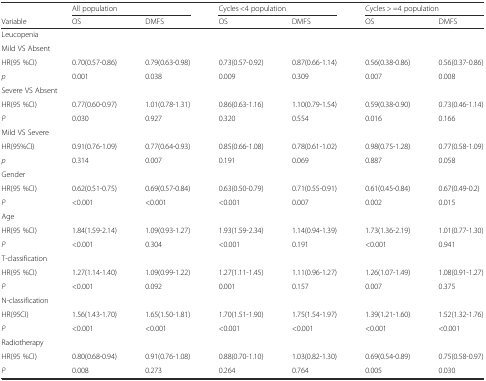
<table><thead><tr><td></td><td colspan="2"><b>All population</b></td><td colspan="2"><b>Cycles &lt;4 population</b></td><td colspan="2"><b>Cycles &gt; =4 population</b></td></tr><tr><td><b>Variable</b></td><td><b>OS</b></td><td><b>DMFS</b></td><td><b>OS</b></td><td><b>DMFS</b></td><td><b>OS</b></td><td><b>DMFS</b></td></tr></thead><tbody><tr><td>Leucopenia</td><td></td><td></td><td></td><td></td><td></td><td></td></tr><tr><td colspan="2">Mild VS Absent</td><td></td><td></td><td></td><td></td><td></td></tr><tr><td>HR(95 %CI)</td><td>0.70(0.57-0.86)</td><td>0.79(0.63-0.98)</td><td>0.73(0.57-0.92)</td><td>0.87(0.66-1.14)</td><td>0.56(0.38-0.86)</td><td>0.56(0.37-0.86)</td></tr><tr><td><i>p</i></td><td>0.001</td><td>0.038</td><td>0.009</td><td>0.309</td><td>0.007</td><td>0.008</td></tr><tr><td colspan="2">Severe VS Absent</td><td></td><td></td><td></td><td></td><td></td></tr><tr><td>HR(95 %CI)</td><td>0.77(0.60-0.97)</td><td>1.01(0.78-1.31)</td><td>0.86(0.63-1.16)</td><td>1.10(0.79-1.54)</td><td>0.59(0.38-0.90)</td><td>0.73(0.46-1.14)</td></tr><tr><td><i>P</i></td><td>0.030</td><td>0.927</td><td>0.320</td><td>0.554</td><td>0.016</td><td>0.166</td></tr><tr><td colspan="2">Mild VS Severe</td><td></td><td></td><td></td><td></td><td></td></tr><tr><td>HR(95%CI)</td><td>0.91(0.76-1.09)</td><td>0.77(0.64-0.93)</td><td>0.85(0.66-1.08)</td><td>0.78(0.61-1.02)</td><td>0.98(0.75-1.28)</td><td>0.77(0.58-1.09)</td></tr><tr><td><i>p</i></td><td>0.314</td><td>0.007</td><td>0.191</td><td>0.069</td><td>0.887</td><td>0.058</td></tr><tr><td>Gender</td><td></td><td></td><td></td><td></td><td></td><td></td></tr><tr><td>HR(95 %CI)</td><td>0.62(0.51-0.75)</td><td>0.69(0.57-0.84)</td><td>0.63(0.50-0.79)</td><td>0.71(0.55-0.91)</td><td>0.61(0.45-0.84)</td><td>0.67(0.49-0.2)</td></tr><tr><td><i>P</i></td><td>&lt;0.001</td><td>&lt;0.001</td><td>&lt;0.001</td><td>0.007</td><td>0.002</td><td>0.015</td></tr><tr><td>Age</td><td></td><td></td><td></td><td></td><td></td><td></td></tr><tr><td>HR(95 %CI)</td><td>1.84(1.59-2.14)</td><td>1.09(0.93-1.27)</td><td>1.93(1.59-2.34)</td><td>1.14(0.94-1.39)</td><td>1.73(1.36-2.19)</td><td>1.01(0.77-1.30)</td></tr><tr><td><i>P</i></td><td>&lt;0.001</td><td>0.304</td><td>&lt;0.001</td><td>0.191</td><td>&lt;0.001</td><td>0.941</td></tr><tr><td colspan="2">T-classification</td><td></td><td></td><td></td><td></td><td></td></tr><tr><td>HR(95 %CI)</td><td>1.27(1.14-1.40)</td><td>1.09(0.99-1.22)</td><td>1.27(1.11-1.45)</td><td>1.11(0.96-1.27)</td><td>1.26(1.07-1.49)</td><td>1.08(0.91-1.27)</td></tr><tr><td><i>P</i></td><td>&lt;0.001</td><td>0.092</td><td>0.001</td><td>0.157</td><td>0.007</td><td>0.375</td></tr><tr><td colspan="2">N-classification</td><td></td><td></td><td></td><td></td><td></td></tr><tr><td>HR(95CI)</td><td>1.56(1.43-1.70)</td><td>1.65(1.50-1.81)</td><td>1.70(1.51-1.90)</td><td>1.75(1.54-1.97)</td><td>1.39(1.21-1.60)</td><td>1.52(1.32-1.76)</td></tr><tr><td><i>P</i></td><td>&lt;0.001</td><td>&lt;0.001</td><td>&lt;0.001</td><td>&lt;0.001</td><td>&lt;0.001</td><td>&lt;0.001</td></tr><tr><td>Radiotherapy</td><td></td><td></td><td></td><td></td><td></td><td></td></tr><tr><td>HR(95 %CI)</td><td>0.80(0.68-0.94)</td><td>0.91(0.76-1.08)</td><td>0.88(0.70-1.10)</td><td>1.03(0.82-1.30)</td><td>0.69(0.54-0.89)</td><td>0.75(0.58-0.97)</td></tr><tr><td><i>P</i></td><td>0.008</td><td>0.273</td><td>0.264</td><td>0.764</td><td>0.005</td><td>0.030</td></tr></tbody></table>